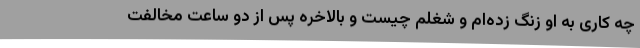
چه کاری به او زنگ زده‌ام و شغلم چیست و بالاخره پس از دو ساعت مخالفت